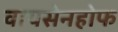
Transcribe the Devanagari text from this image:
वायसेनहोफ